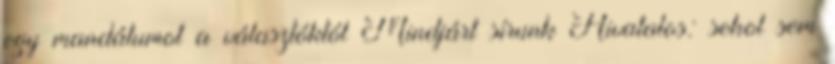
egy mandátumot a választóktól Mindjárt sírunk Hivatalos: sehol sem